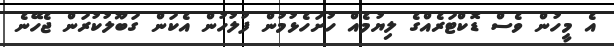
އެ މީހުން ވެސް ޑޮކްޓަރެއްގެ ލިޔުމެއް ހުށަހެޅުމުން ފުލުހުން އެކަން ގަބޫލުކުރަން ޖެހޭނެ